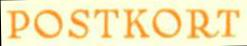
POSTKORT